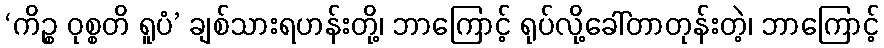
‘ကိဉ္စ ဝုစ္စတိ ရူပံ’ ချစ်သားရဟန်းတို့၊ ဘာကြောင့် ရုပ်လို့ခေါ်တာတုန်းတဲ့၊ ဘာကြောင့်